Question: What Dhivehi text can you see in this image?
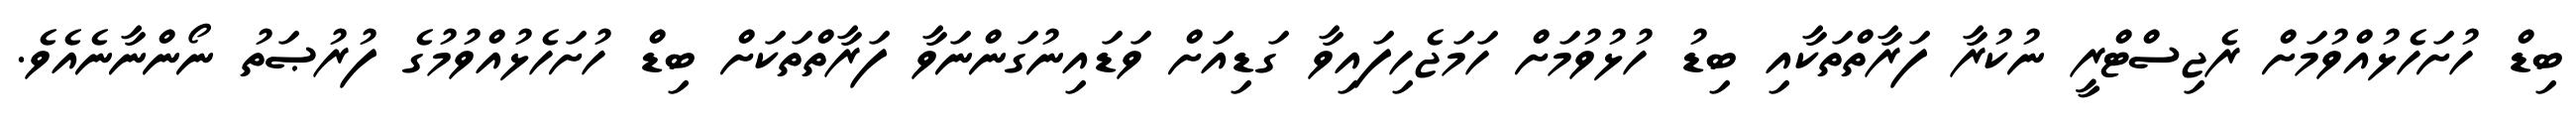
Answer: ބިޑް ހުށަހެޅުއްވުމަށް ރެޖިސްޓްރީ ނުކުރާ ފަރާތްތަކާއި ބިޑު ހުޅުވުމަށް ހަމަޖެހިފައިވާ ގަޑިއަށް ވަޑައިނުގަންނަވާ ފަރާތްތަކަށް ބިޑް ހުށަހެޅުއްވުމުގެ ފުރުޞަތު ނޯންނާނެއެވެ.